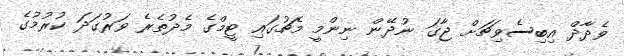
ވެދާދް އިބިސެވިޗަށް ޖާގަ ނުދޭން ނިންމީ މެޗުގައި ޓީމްގެ މެދުތެރެ ވަރުގަދަ ކުރުމުގެ